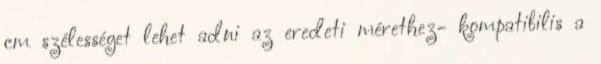
cm szélességet lehet adni az eredeti mérethez- kompatibilis a